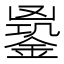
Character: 𨩹